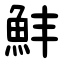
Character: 䰷